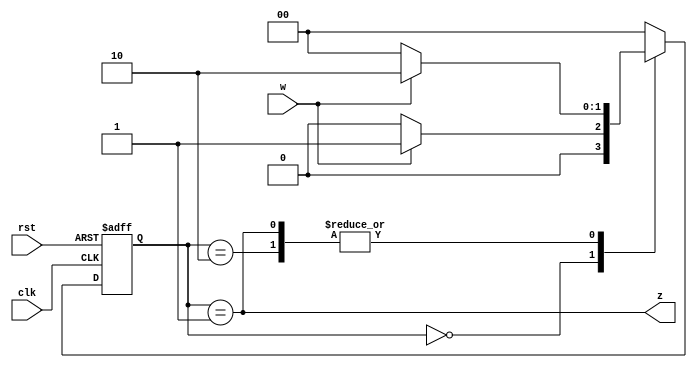
`timescale 1ns / 1ps
//////////////////////////////////////////////////////////////////////////////////
// Company: 
// Engineer: 
// 
// Design Name: 
// Module Name: Rising_edge_detector
// Project Name: 
// Target Devices: 
// Tool Versions: 
// Description: 
// 
// Dependencies: 
// 
// Revision:
// Revision 0.01 - File Created
// Additional Comments:
// 
//////////////////////////////////////////////////////////////////////////////////


module Rising_edge_detector(input clk, rst, w, output z);

reg [1:0] state, nextState;
parameter [1:0] A=2'b00, B=2'b01, C=2'b10;

always @ (w or state)
case (state)
A: if (w==0) nextState = A;
 else nextState = B;
B: if (w==1) nextState = C;
 else nextState = A;
C: if (w==0) nextState = A;
 else nextState = C;
default: nextState = A;

endcase
always @ (posedge clk or posedge rst) begin
if(rst) state <= A;
else state <= nextState;
end 
assign z = (state == B);
endmodule